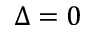
\Delta = 0